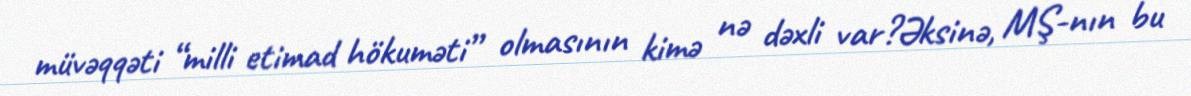
müvəqqəti “milli etimad hökuməti” olmasının kimə nə dəxli var?Əksinə, MŞ-nın bu